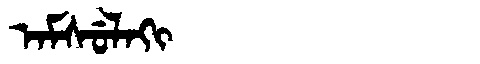
Manchu: ᠠᠮᠰᡠᠯᠠᡴᡳ
Romanization: AMSULAKI